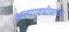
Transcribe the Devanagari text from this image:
अल्पावधीसाठी